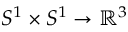
S ^ { 1 } \times S ^ { 1 } \to \mathbb { R } ^ { 3 }